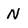
Character: N